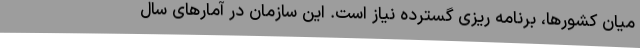
میان کشورها، برنامه ریزی گسترده نیاز است. این سازمان در آمارهای سال